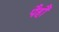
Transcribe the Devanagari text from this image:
पैहौं